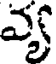
వ్య